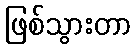
ဖြစ်သွားတာ